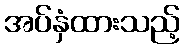
အပ်နှံထားသည့်